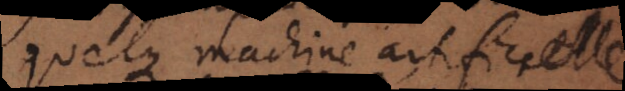
quelque machine artificielle